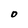
Character: O